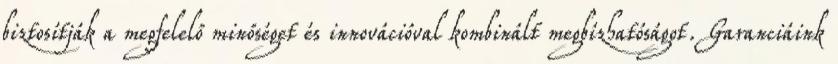
biztosítják a megfelelő minőséget és innovációval kombinált megbízhatóságot. Garanciáink